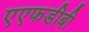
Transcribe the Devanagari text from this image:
एएफडीबी